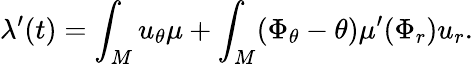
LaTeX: \lambda^{\prime}(t)=\int_{M}u_{\theta}\mu+\int_{M}(\Phi_{\theta}-\theta)\mu^{\prime}(\Phi_{r})u_{r}.